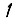
Digit: 1